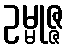
ဥမ္မုဇ္ဇ